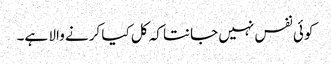
کوئی نفس نہیں جانتا کہ کل کیا کرنے والا ہے۔